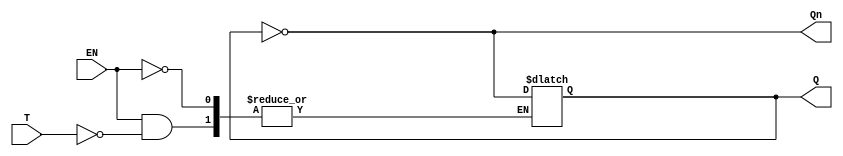
module GatedT_Latch (
    input wire T,      // Toggle input
    input wire EN,     // Enable signal
    output reg Q,      // Output
    output wire Qn     // Complementary output
);

    assign Qn = ~Q;    // Complementary output

    always @(EN or T) begin
        if (EN) begin
            if (T) begin
                Q <= ~Q; // Toggle the output
            end
            // If T is 0, do nothing (hold the state)
        end
        // If EN is 0, do nothing (hold the state)
    end

endmodule